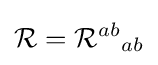
{\mathcal {R}}={\mathcal {R}}^{ab}{}_{ab}